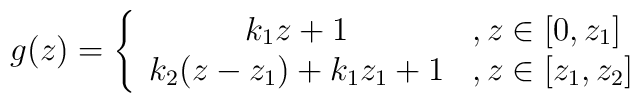
g(z)=\left\{ \begin{array}{cl}{k_{1}z+1} & ,z\in \lbrack 0,z_{1}] \\ {k_{2}(z-z_{1})+k_{1}z_{1}+1} & ,z\in \lbrack z_{1},z_{2}]\end{array}\right. \